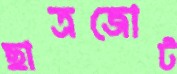
ছাত্রজোট